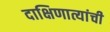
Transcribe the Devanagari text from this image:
दाक्षिणात्यांची